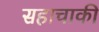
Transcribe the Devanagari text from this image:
सहाचाकी